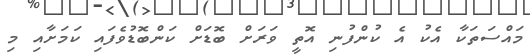
މައްސަތަކާ އެކު އެ ކުންފުނި އޮތީ ވަރަށް ބޮޑަށް ކަންބޮޑުވެފައި ކަމަށާއި މި